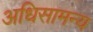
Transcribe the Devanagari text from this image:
अधिसामन्य